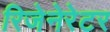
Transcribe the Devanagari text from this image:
रिजेनेरेटर